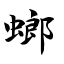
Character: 螂